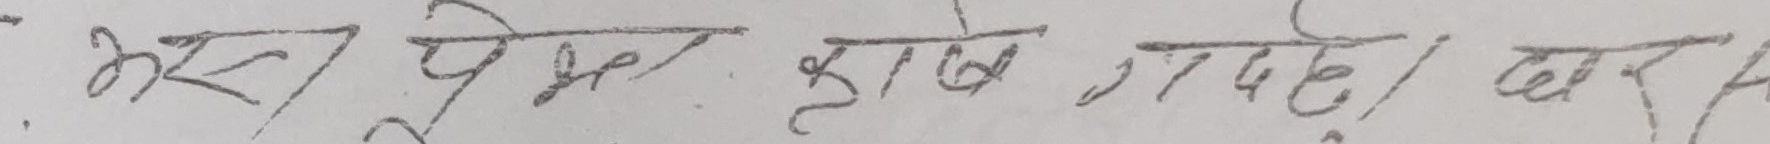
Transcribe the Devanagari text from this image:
असोज पूढेर कृषि गरने घर